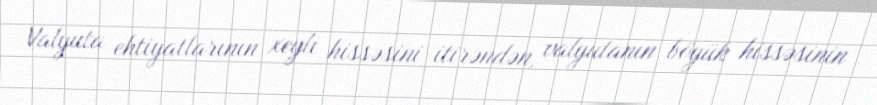
Valyuta ehtiyatlarının xeyli hissəsini itirəndən, valyutanın böyük hissəsinin